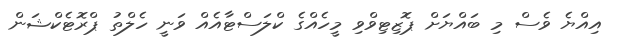
އިއްޔެ ވެސް މި ބައްޔަށް ޕޮޒިޓިވްވި މީހެއްގެ ކްލަސްޓާއެއް ވަނީ ހެލްތު ޕްރޮޓެކްޝަން